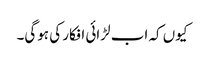
کیوں کہ اب لڑائی افکار کی ہوگی۔